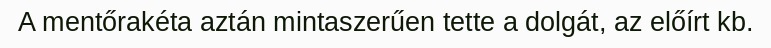
A mentőrakéta aztán mintaszerűen tette a dolgát, az előírt kb.